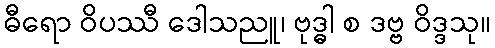
ဓီရော ဝိပဿီ ဒေါသညူ၊ ဗုဒ္ဓါ စ ဒဗ္ဗ ဝိဒ္ဒသု။